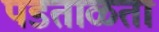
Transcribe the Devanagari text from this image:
पडताळता